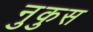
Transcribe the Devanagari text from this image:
नुकुस